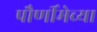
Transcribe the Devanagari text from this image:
पौर्णीमेच्या